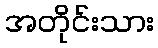
အတိုင်းသား